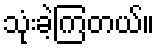
သုံးခဲ့ကြတယ်။